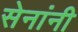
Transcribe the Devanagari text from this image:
सेनांनी